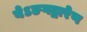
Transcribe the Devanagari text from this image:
येऽङगद्वारेण